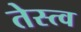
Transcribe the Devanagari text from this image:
तेस्त्व